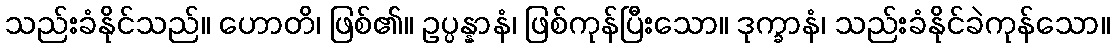
သည်းခံနိုင်သည်။ ဟောတိ၊ ဖြစ်၏။ ဥပ္ပန္နာနံ၊ ဖြစ်ကုန်ပြီးသော။ ဒုက္ခာနံ၊ သည်းခံနိုင်ခဲကုန်သော။